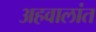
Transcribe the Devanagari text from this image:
अहवालांत